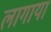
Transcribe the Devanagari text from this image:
लागाया